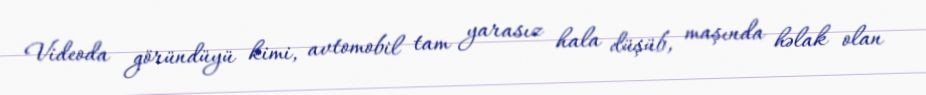
Videoda göründüyü kimi, avtomobil tam yarasız hala düşüb, maşında həlak olan